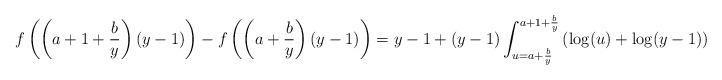
LaTeX: \begin{align*}f\left(\left(a+1+\frac{b}{y}\right)(y-1)\right)-f\left(\left(a+\frac{b}{y}\right)(y-1)\right)&= y-1+(y-1)\int_{u=a+\frac by}^{a+1+\frac by} \left(\log(u)+\log(y-1)\right) \d u.\end{align*}